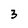
Character: 3